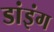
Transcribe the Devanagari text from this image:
डांइंग